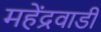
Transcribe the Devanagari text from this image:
महेंद्रवाडी